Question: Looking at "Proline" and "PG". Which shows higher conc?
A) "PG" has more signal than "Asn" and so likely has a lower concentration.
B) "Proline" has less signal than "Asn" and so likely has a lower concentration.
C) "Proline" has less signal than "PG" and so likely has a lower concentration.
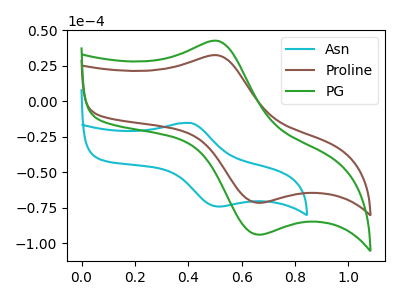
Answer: <think>The cyan curve "Asn" has an anodic peak at (0.40V, -15.35uA) and a cathodic peak at (0.50V, -74.25uA). The brown curve "Proline" has an anodic peak at (0.50V, 32.20uA) and a cathodic peak at (0.65V, -71.60uA). The green curve "PG" has an anodic peak at (0.50V, 42.30uA) and a cathodic peak at (0.65V, -94.00uA).
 All the peaks in "Proline" have a peak in "PG" at the same potential. Every peak in "Proline" is lower than every peak in "PG".</think>
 <answer>C) "Proline" has less signal than "PG" and so likely has a lower concentration.</answer>
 <eval>C</eval>